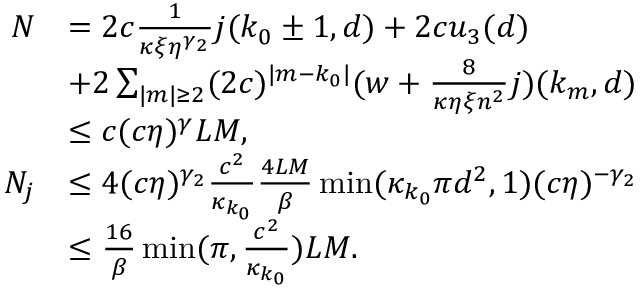
\begin{array} { r l } { N } & { = 2 c \frac 1 { \kappa \xi \eta ^ { \gamma _ { 2 } } } j ( k _ { 0 } \pm 1 , d ) + 2 c u _ { 3 } ( d ) } \\ & { + 2 \sum _ { \vert m \vert \ge 2 } ( 2 c ) ^ { \vert m - k _ { 0 } \vert } ( w + \frac 8 { \kappa \eta \xi n ^ { 2 } } j ) ( k _ { m } , d ) } \\ & { \le c ( c \eta ) ^ { \gamma } L M , } \\ { N _ { j } } & { \le 4 ( c \eta ) ^ { \gamma _ { 2 } } \frac { c ^ { 2 } } { \kappa _ { k _ { 0 } } } \frac { 4 L M } \beta \operatorname* { m i n } ( \kappa _ { k _ { 0 } } \pi d ^ { 2 } , 1 ) ( c \eta ) ^ { - \gamma _ { 2 } } } \\ & { \le \frac { 1 6 } \beta \operatorname* { m i n } ( \pi , \frac { c ^ { 2 } } { \kappa _ { k _ { 0 } } } ) L M . } \end{array}